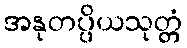
အနုတပ္ပိယသုတ္တံ